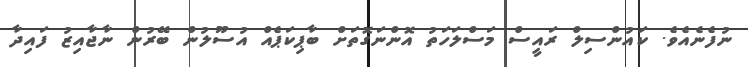
ނުފެނެއެވެ. ކައުންސިލް ރައީސް މަސްލަހަތު އޮންނަގޮތަށް ބާޕިކަޕެއް އުސޫލުން ބޭރުން ނާޖާއިޒު ފައިދާ